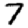
Digit: 7